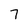
Character: 7